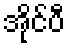
အိုင်ပီ